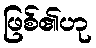
ဖြစ်၏ဟု